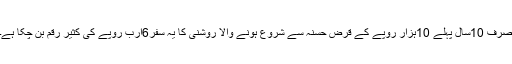
صرف 10سال پہلے 10ہزار روپے کے قرض حسنہ سے شروع ہونے والا روشنی کا یہ سفر6ارب روپے کی کثیر رقم بن چکا ہے۔